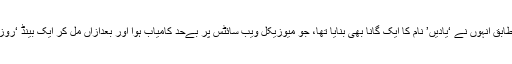
گلوکار کے مطابق انہوں نے ‘یادیں’ نام کا ایک گانا بھی بنایا تھا، جو میوزیکل ویب سائٹس پر بےحد کامیاب ہوا اور بعدازاں مل کر ایک بینڈ ‘روزن’ تیار کرلیا۔